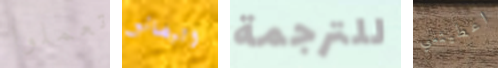
تعملوا البضائع للترجمة اعطيتني